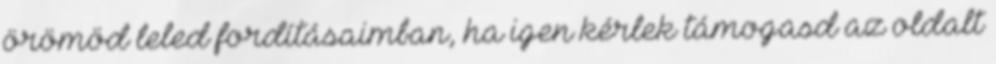
örömöd leled fordításaimban, ha igen kérlek támogasd az oldalt